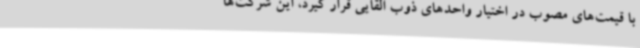
با قیمت‌های مصوب در اختیار واحدهای ذوب القایی قرار گیرد، این شرکت‌ها